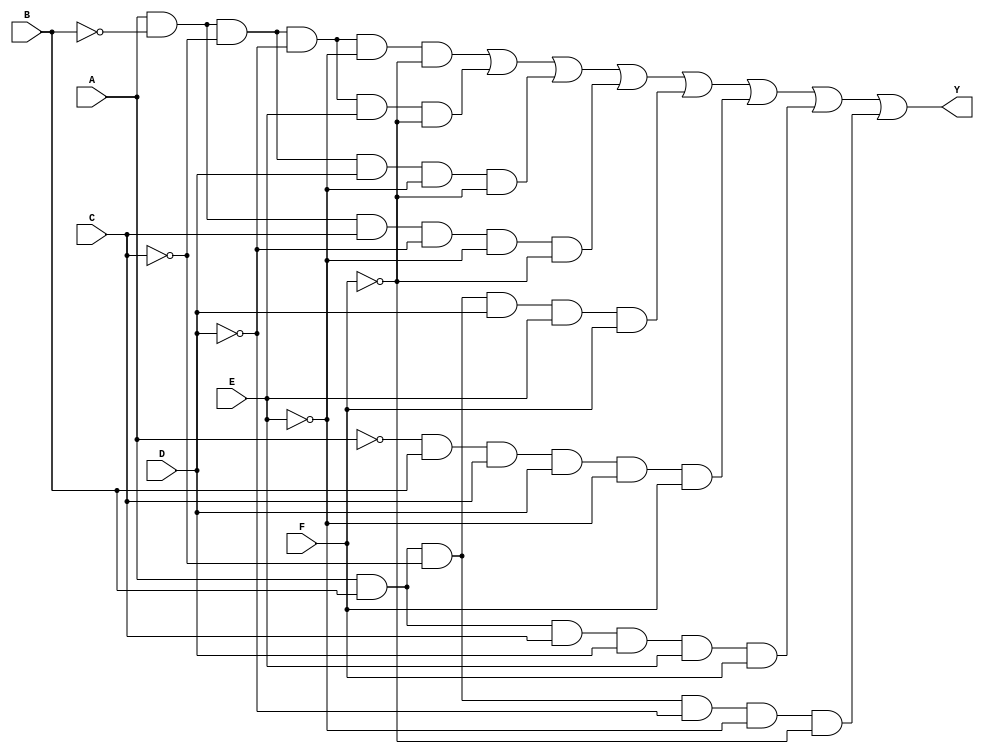
module kmap_6var (
    input wire A,    // Variable A
    input wire B,    // Variable B
    input wire C,    // Variable C
    input wire D,    // Variable D
    input wire E,    // Variable E
    input wire F,    // Variable F
    output wire Y    // Output Y (simplified Boolean function)
);

// K-map population based on minterms
// The K-map is 8 rows (for A, B, C) and 8 columns (for D, E, F)
// Each cell corresponds to a specific minterm

// Minterm mapping (example values, replace with actual minterms)
assign Y = (A & ~B & ~C & ~D & ~E & ~F) | // Minterm 0
           (A & ~B & ~C & ~D & E & ~F) | // Minterm 1
           (A & ~B & ~C & D & ~E & ~F) | // Minterm 2
           (A & ~B & C & ~D & ~E & ~F) | // Minterm 3
           (A & B & ~C & D & E & F) |     // Minterm 4
           (~A & B & C & D & ~E & F) |    // Minterm 5
           (A & B & C & D & E & F) |      // Minterm 6
           (A & B & ~C & ~D & ~E & ~F);   // Minterm 7
           // Add more minterms as needed

endmodule